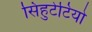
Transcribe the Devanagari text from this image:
सिहुटेटियो